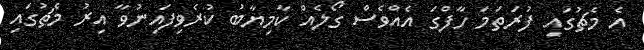
އެ މެޗުގައި ފުރަތަމަ ހާފްގަ އެއްވެސް ގޯލެއް ކާމިޔާބު ކުރެވިފައިނުވާ އިރު މެޗުގައި